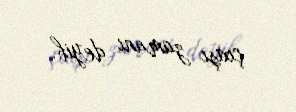
çıxışı zamanı deyib.